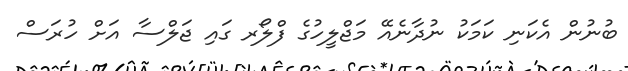
ބުނުން އެކަނި ކަމަކު ނުދާނެއޭ މަޖްލީހުގެ ފްލޯރ ގައި ޖަލްސާ އަށް ހުރަސް